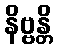
နိဗ္ဗန္တိ